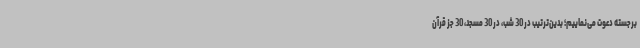
برجسته دعوت می‌نماییم؛ بدین‌ترتیب در 30 شب، در 30 مسجد، 30 جز قرآن